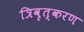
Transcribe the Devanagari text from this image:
त्रिवृत्करण